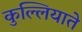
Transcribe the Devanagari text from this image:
कुल्लियाते